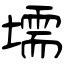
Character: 壖